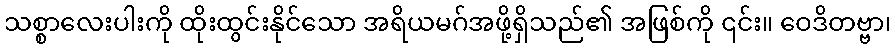
သစ္စာလေးပါးကို ထိုးထွင်းနိုင်သော အရိယမဂ်အဖို့ရှိသည်၏ အဖြစ်ကို ၎င်း။ ဝေဒိတဗ္ဗာ၊